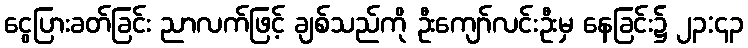
ငွေပြားခတ်ခြင်း ညာလက်ဖြင့် ချစ်သည်ကို ဦးကျော်လင်းဦးမှ နေခြင်း၌ ၂၃:၄၃